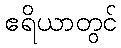
ဧရိယာတွင်